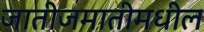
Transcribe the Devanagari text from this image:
जातीजमातीमधील